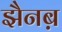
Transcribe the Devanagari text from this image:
झैनब़